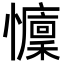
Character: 𢤭